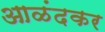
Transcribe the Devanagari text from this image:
आळंदकर